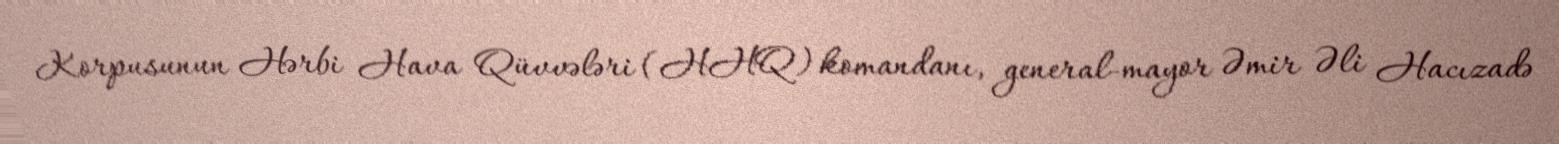
Korpusunun Hərbi Hava Qüvvələri (HHQ) komandanı, general-mayor Əmir Əli Hacızadə